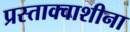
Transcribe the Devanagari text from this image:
प्रस्ताक्वाशीना